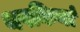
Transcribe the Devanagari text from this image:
थपकियां